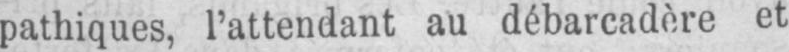
pathiques, l’attendant au débarcadère et